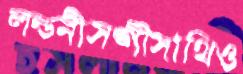
লন্ডনীসঙ্গীসাথিও